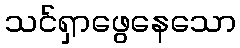
သင်ရှာဖွေနေသော